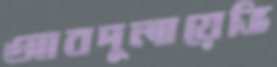
আবদুলায়েভি